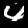
Label: 4